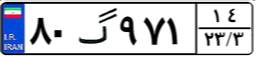
۸۰گ۹۷۱۱۴